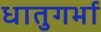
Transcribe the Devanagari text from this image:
धातुगर्भा